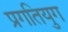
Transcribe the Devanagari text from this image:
प्रगतियुग